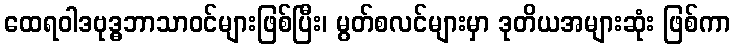
ထေရဝါဒဗုဒ္ဓဘာသာဝင်များဖြစ်ပြီး၊ မွတ်စလင်များမှာ ဒုတိယအများဆုံး ဖြစ်ကာ